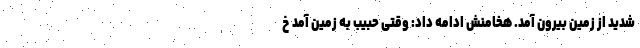
شدید از زمین بیرون آمد. هخامنش ادامه داد: وقتی حبیب به زمین آمد خ